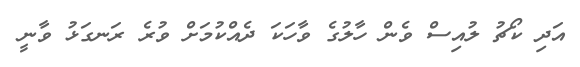
އަދި ކޯޗު ލުއިސް ވެން ހާލުގެ ވާހަކަ ދެއްކުމަށް ވުރެ ރަނގަޅު ވާނީ